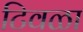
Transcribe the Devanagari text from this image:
टिवळा